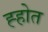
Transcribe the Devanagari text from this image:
ह्होत